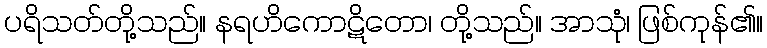
ပရိသတ်တို့သည်။ နရဟိကောဋိတော၊ တို့သည်။ အာသုံ၊ ဖြစ်ကုန်၏။